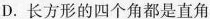
D.长方形的四个角都是直角